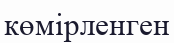
көмірленген